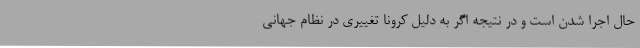
حال اجرا شدن است و در نتیجه اگر به دلیل کرونا تغییری در نظام جهانی